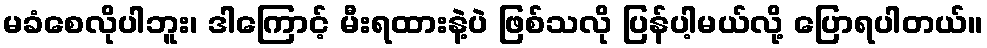
မခံစေလိုပါဘူး၊ ဒါကြောင့် မီးရထားနဲ့ပဲ ဖြစ်သလို ပြန်ပါ့မယ်လို့ ပြောရပါတယ်။